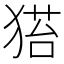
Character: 𤠂